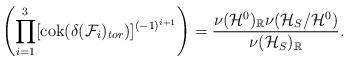
LaTeX: \begin{align*} \left(\prod_{i=1}^3[\mathrm{cok}(\delta(\mathcal{F}_i)_{tor})]^{(-1)^{i+1}}\right) = \frac{\nu(\mathcal{H}^0)_{\mathbb{R}}\nu(\mathcal{H}_S/\mathcal{H}^0)}{\nu(\mathcal{H}_S)_{\mathbb{R}}}. \end{align*}